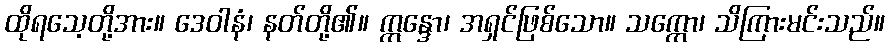
ထိုရသေ့တို့အား။ ဒေဝါနံ၊ နတ်တို့၏။ ဣန္ဒော၊ အရှင်ဖြစ်သော။ သက္ကော၊ သိကြားမင်းသည်။